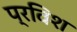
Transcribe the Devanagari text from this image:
प्रविश